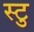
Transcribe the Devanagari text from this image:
स्टु